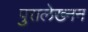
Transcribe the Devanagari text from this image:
पुरालेख्नन